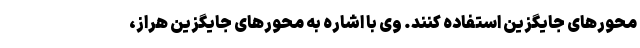
محور‌های جایگزین استفاده کنند. وی با اشاره به محور‌های جایگزین هراز،